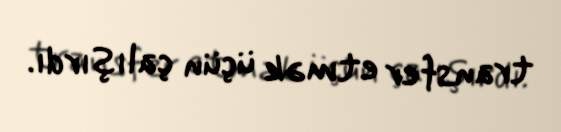
transfer etmək üçün çalışırdı.